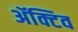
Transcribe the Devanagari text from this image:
ॲक्टिव